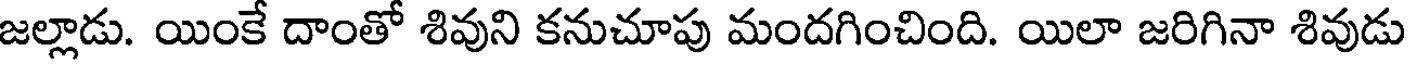
జల్లాడు. యింకే దాంతో శివుని కనుచూపు మందగించింది. యిలా జరిగినా శివుడు